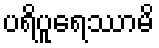
ပရိပူရေဿာမိ